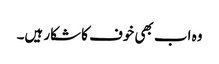
وہ اب بھی خوف کا شکار ہیں۔